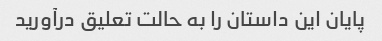
پایان این داستان را به حالت تعلیق درآورید